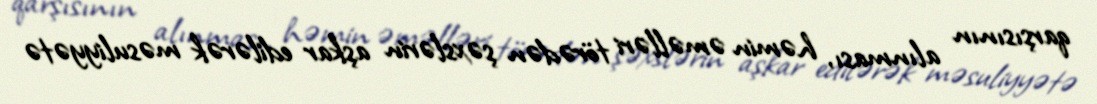
qarşısının alınması, həmin əməlləri törədən şəxslərin aşkar edilərək məsuliyyətə